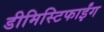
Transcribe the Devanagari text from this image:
डीमिस्टिफाईंग